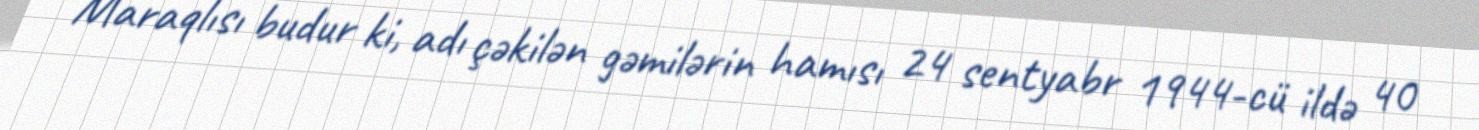
Maraqlısı budur ki, adı çəkilən gəmilərin hamısı 24 sentyabr 1944-cü ildə 40